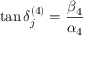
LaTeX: \tan \delta _ { j } ^ { ( 4 ) } = { \frac { \beta _ { 4 } } { \alpha _ { 4 } } }